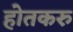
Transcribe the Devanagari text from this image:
होतकरु